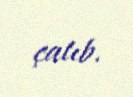
çatıb.